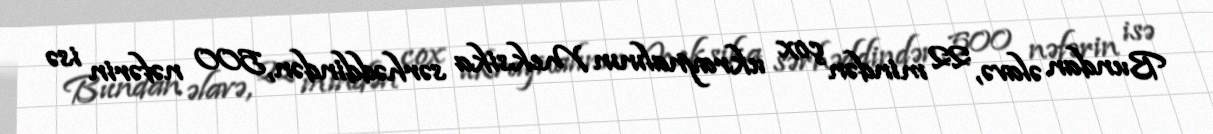
Bundan əlavə, 22 mindən çox ukraynalının Meksika sərhəddindən, 500 nəfərin isə